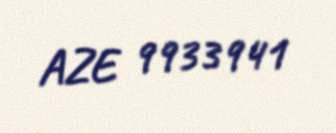
AZE 9933941